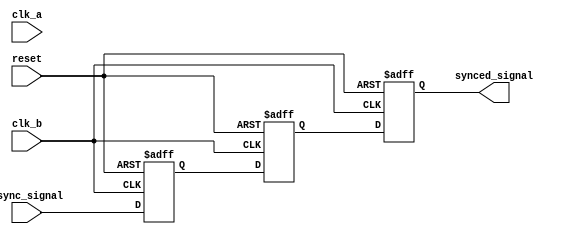
module signal_level_crossing_synchronizer #(
    parameter WIDTH = 1 // Width of the input signal
)(
    input wire clk_a,        // Clock for Domain A
    input wire clk_b,        // Clock for Domain B
    input wire [WIDTH-1:0] async_signal, // Asynchronous input signal from Domain A
    input wire reset,        // Optional reset signal
    output reg [WIDTH-1:0] synced_signal // Synchronized output signal in Domain B
);

// Internal signals for the flip-flops
reg [WIDTH-1:0] ff1;
reg [WIDTH-1:0] ff2;

// Synchronization process
always @(posedge clk_b or posedge reset) begin
    if (reset) begin
        ff1 <= {WIDTH{1'b0}}; // Reset first flip-flop
        ff2 <= {WIDTH{1'b0}}; // Reset second flip-flop
        synced_signal <= {WIDTH{1'b0}}; // Reset output signal
    end else begin
        ff1 <= async_signal; // Sample the input signal in Domain B
        ff2 <= ff1;          // Pass the value to the second flip-flop
        synced_signal <= ff2; // Output the synchronized signal
    end
end

endmodule